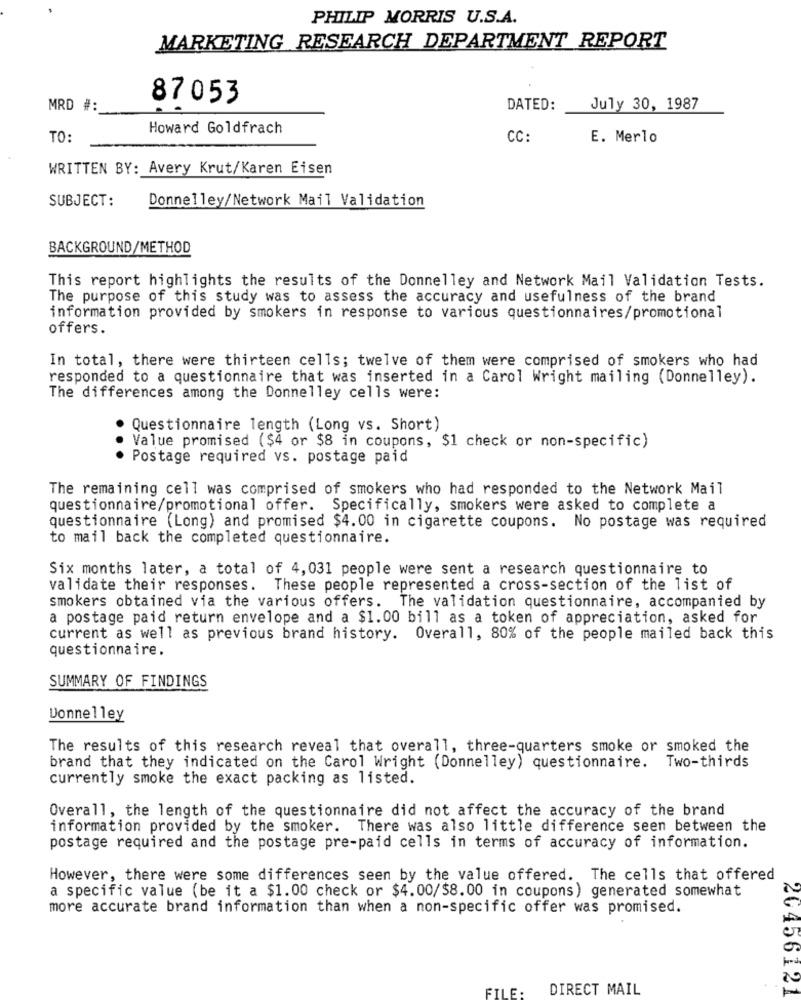
PHILIP MORRIS U.S.A.
MARKETING RESEARCH DEPARTMENT REPORT
87053
MRD #:
DATED:
July 30, 1987
Howard Goldfrach
TO:
CC:
E. Merlo
WRITTEN BY: Avery Krut/Karen Eisen
SUBJECT:
Donnelley/Network Mail Validation
BACKGROUND/METHOD
This report highlights the results of the Donnelley and Network Mail Validation Tests.
The purpose of this study was to assess the accuracy and usefulness of the brand
information provided by smokers in response to various questionnaires/promotional
offers.
In total, there were thirteen cells; twelve of them were comprised of smokers who had
responded to a questionnaire that was inserted in a Carol Wright mailing (Donnelley).
The differences among the Donnelley cells were:
Questionnaire length (Long vs. Short)
Value promised ($4 or $8 in coupons, $1 check or non-specific)
. Postage required vs. postage paid
The remaining cell was comprised of smokers who had responded to the Network Mail
questionnaire/promotional offer. Specifically, smokers were asked to complete a
questionnaire (Long) and promised $4.00 in cigarette coupons. No postage was required
to mail back the completed questionnaire.
Six months later, a total of 4,031 people were sent a research questionnaire to
validate their responses. These people represented a cross-section of the list of
smokers obtained via the various offers. The validation questionnaire, accompanied by
a postage paid return envelope and a $1.00 bill as a token of appreciation, asked for
current as well as previous brand history. Overall, 80% of the people mailed back this
questionnaire.
SUMMARY OF FINDINGS
Donnelley
The results of this research reveal that overall, three-quarters smoke or smoked the
brand that they indicated on the Carol Wright (Donnelley) questionnaire. Two-thirds
currently smoke the exact packing as listed.
Overall, the length of the questionnaire did not affect the accuracy of the brand
information provided by the smoker. There was also little difference seen between the
postage required and the postage pre-paid cells in terms of accuracy of information.
However, there were some differences seen by the value offered. The cells that offered
a specific value (be it a $1.00 check or $4.00/$8.00 in coupons) generated somewhat
more accurate brand information than when a non-specific offer was promised.
FILE .
DIRECT MAIL
20456121